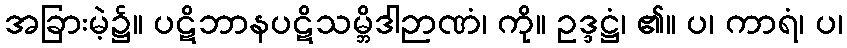
အခြားမဲ့၌။ ပဋိဘာနပဋိသမ္ဘိဒါဉာဏံ၊ ကို။ ဥဒ္ဒဋ္ဌံ၊ ၏။ ပ၊ ကာရံ၊ ပ၊